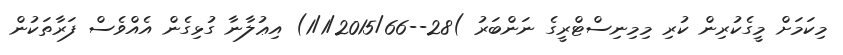
މިކަމަށް މީގެކުރިން ކުރި މިމިނިސްޓްރީގެ ނަންބަރު )28--1/1/2015/66) އިޢުލާނާ ގުޅިގެން އެއްވެސް ފަރާތަކުން